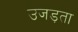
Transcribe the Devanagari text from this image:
उजड़ता